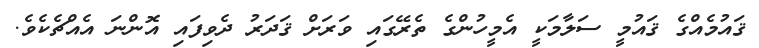
ޤައުމެއްގެ ޤައުމީ ސަލާމަކީ އެމީހުންގެ ތެރޭގައި ވަރަށް ޤަދަރު ދެވިފައި އޮންނަ އެއްޗެކެވެ.